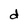
Character: d